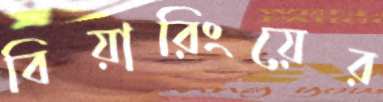
বিয়ারিংয়ের